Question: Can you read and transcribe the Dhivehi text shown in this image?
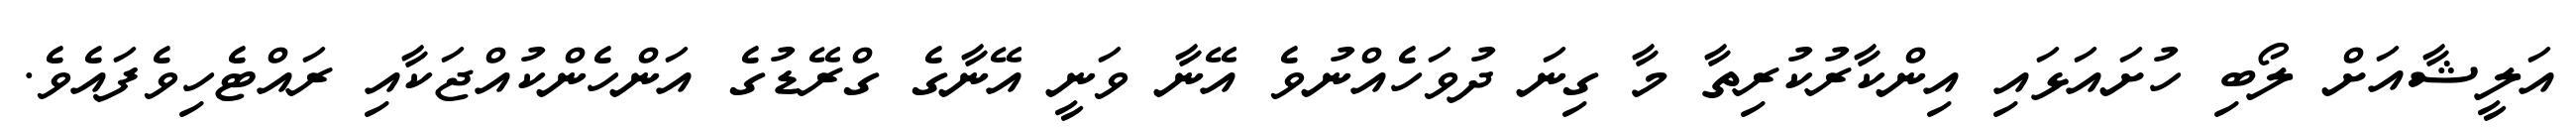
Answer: އަލީޝާއަށް ލޯބި ހުށައަޅައި އިންކާރުކުރިތާ މާ ގިނަ ދުވަހެއްނުވެ އޭނާ ވަނީ އޭނާގެ ގްރޭޑުގެ އަންހެންކުއްޖަކާއި ރައްޓެހިވެފައެވެ.